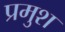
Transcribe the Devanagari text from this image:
प्रमुश